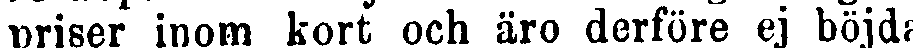
priser inom kort och äro derföre ej böjda